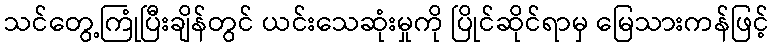
သင်တွေ့ကြုံပြီးချိန်တွင် ယင်းသေဆုံးမှုကို ပြိုင်ဆိုင်ရာမှ မြေသားကန်ဖြင့်